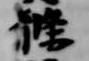
条